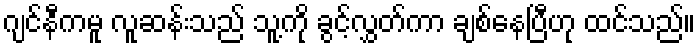
ဂျင်နီကမူ လူဆန်းသည် သူ့ကို ခွင့်လွှတ်ကာ ချစ်နေပြီဟု ထင်သည်။